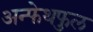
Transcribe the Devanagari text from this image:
अन्फेथफुल